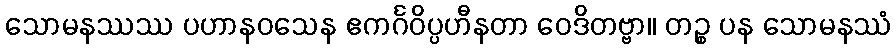
သောမနဿဿ ပဟာနဝသေန ဧကင်္ဂဝိပ္ပဟီနတာ ဝေဒိတဗ္ဗာ။ တဉ္စ ပန သောမနဿံ